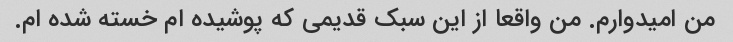
من امیدوارم. من واقعا از این سبک قدیمی که پوشیده ام خسته شده ام.